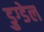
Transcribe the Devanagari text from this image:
डुग्डेल